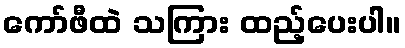
ကော်ဖီထဲ သကြား ထည့်ပေးပါ။